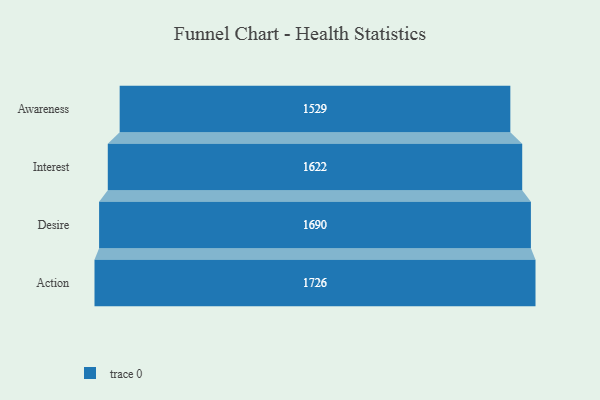
{"axis": {"x": "Stage", "y": "Value"}, "legend": [""], "data": [{"x": "Awareness", "y": 1529.0, "type": ""}, {"x": "Interest", "y": 1622.0, "type": ""}, {"x": "Desire", "y": 1690.0, "type": ""}, {"x": "Action", "y": 1726.0, "type": ""}]}